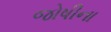
જોષીના